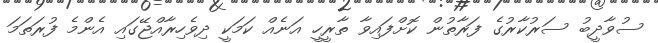
ސުވާދީބު ސަރުކާރުގެ ފަރާތުން ކޮށްފައިވާ ތާރީހީ އަނެއް ކަމަކީ ދިވެހިރާއްޖޭގައި އެންމެ ފުރަތަމަ